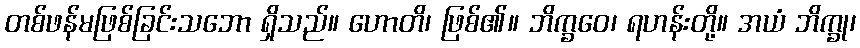
တစ်ဖန်မဖြစ်ခြင်းသဘော ရှိသည်။ ဟောတိ၊ ဖြစ်၏။ ဘိက္ခဝေ၊ ရဟန်းတို့။ အယံ ဘိက္ခု၊